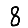
Digit: 8